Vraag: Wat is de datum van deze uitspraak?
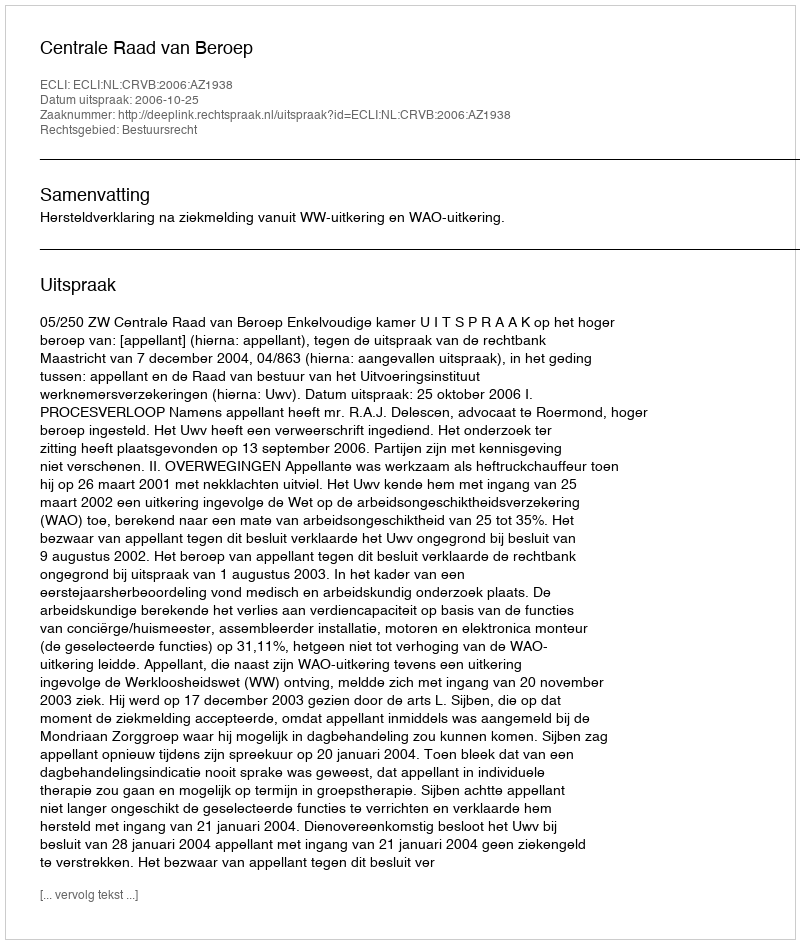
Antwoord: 2006-10-25